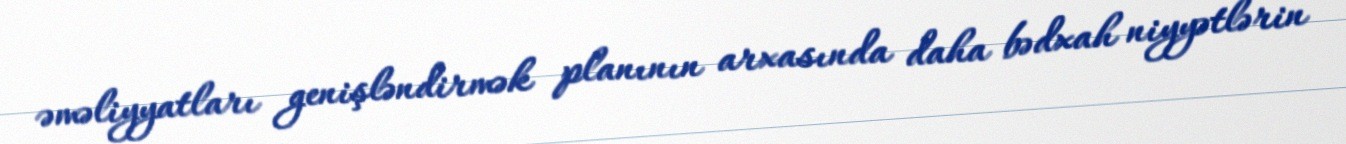
əməliyyatları genişləndirmək planının arxasında daha bədxah niyyətlərin